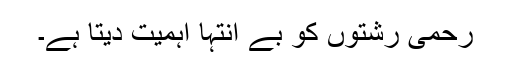
رحمی رشتوں کو بے انتہا اہمیت دیتا ہے۔